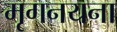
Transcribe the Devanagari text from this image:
मृगनयना